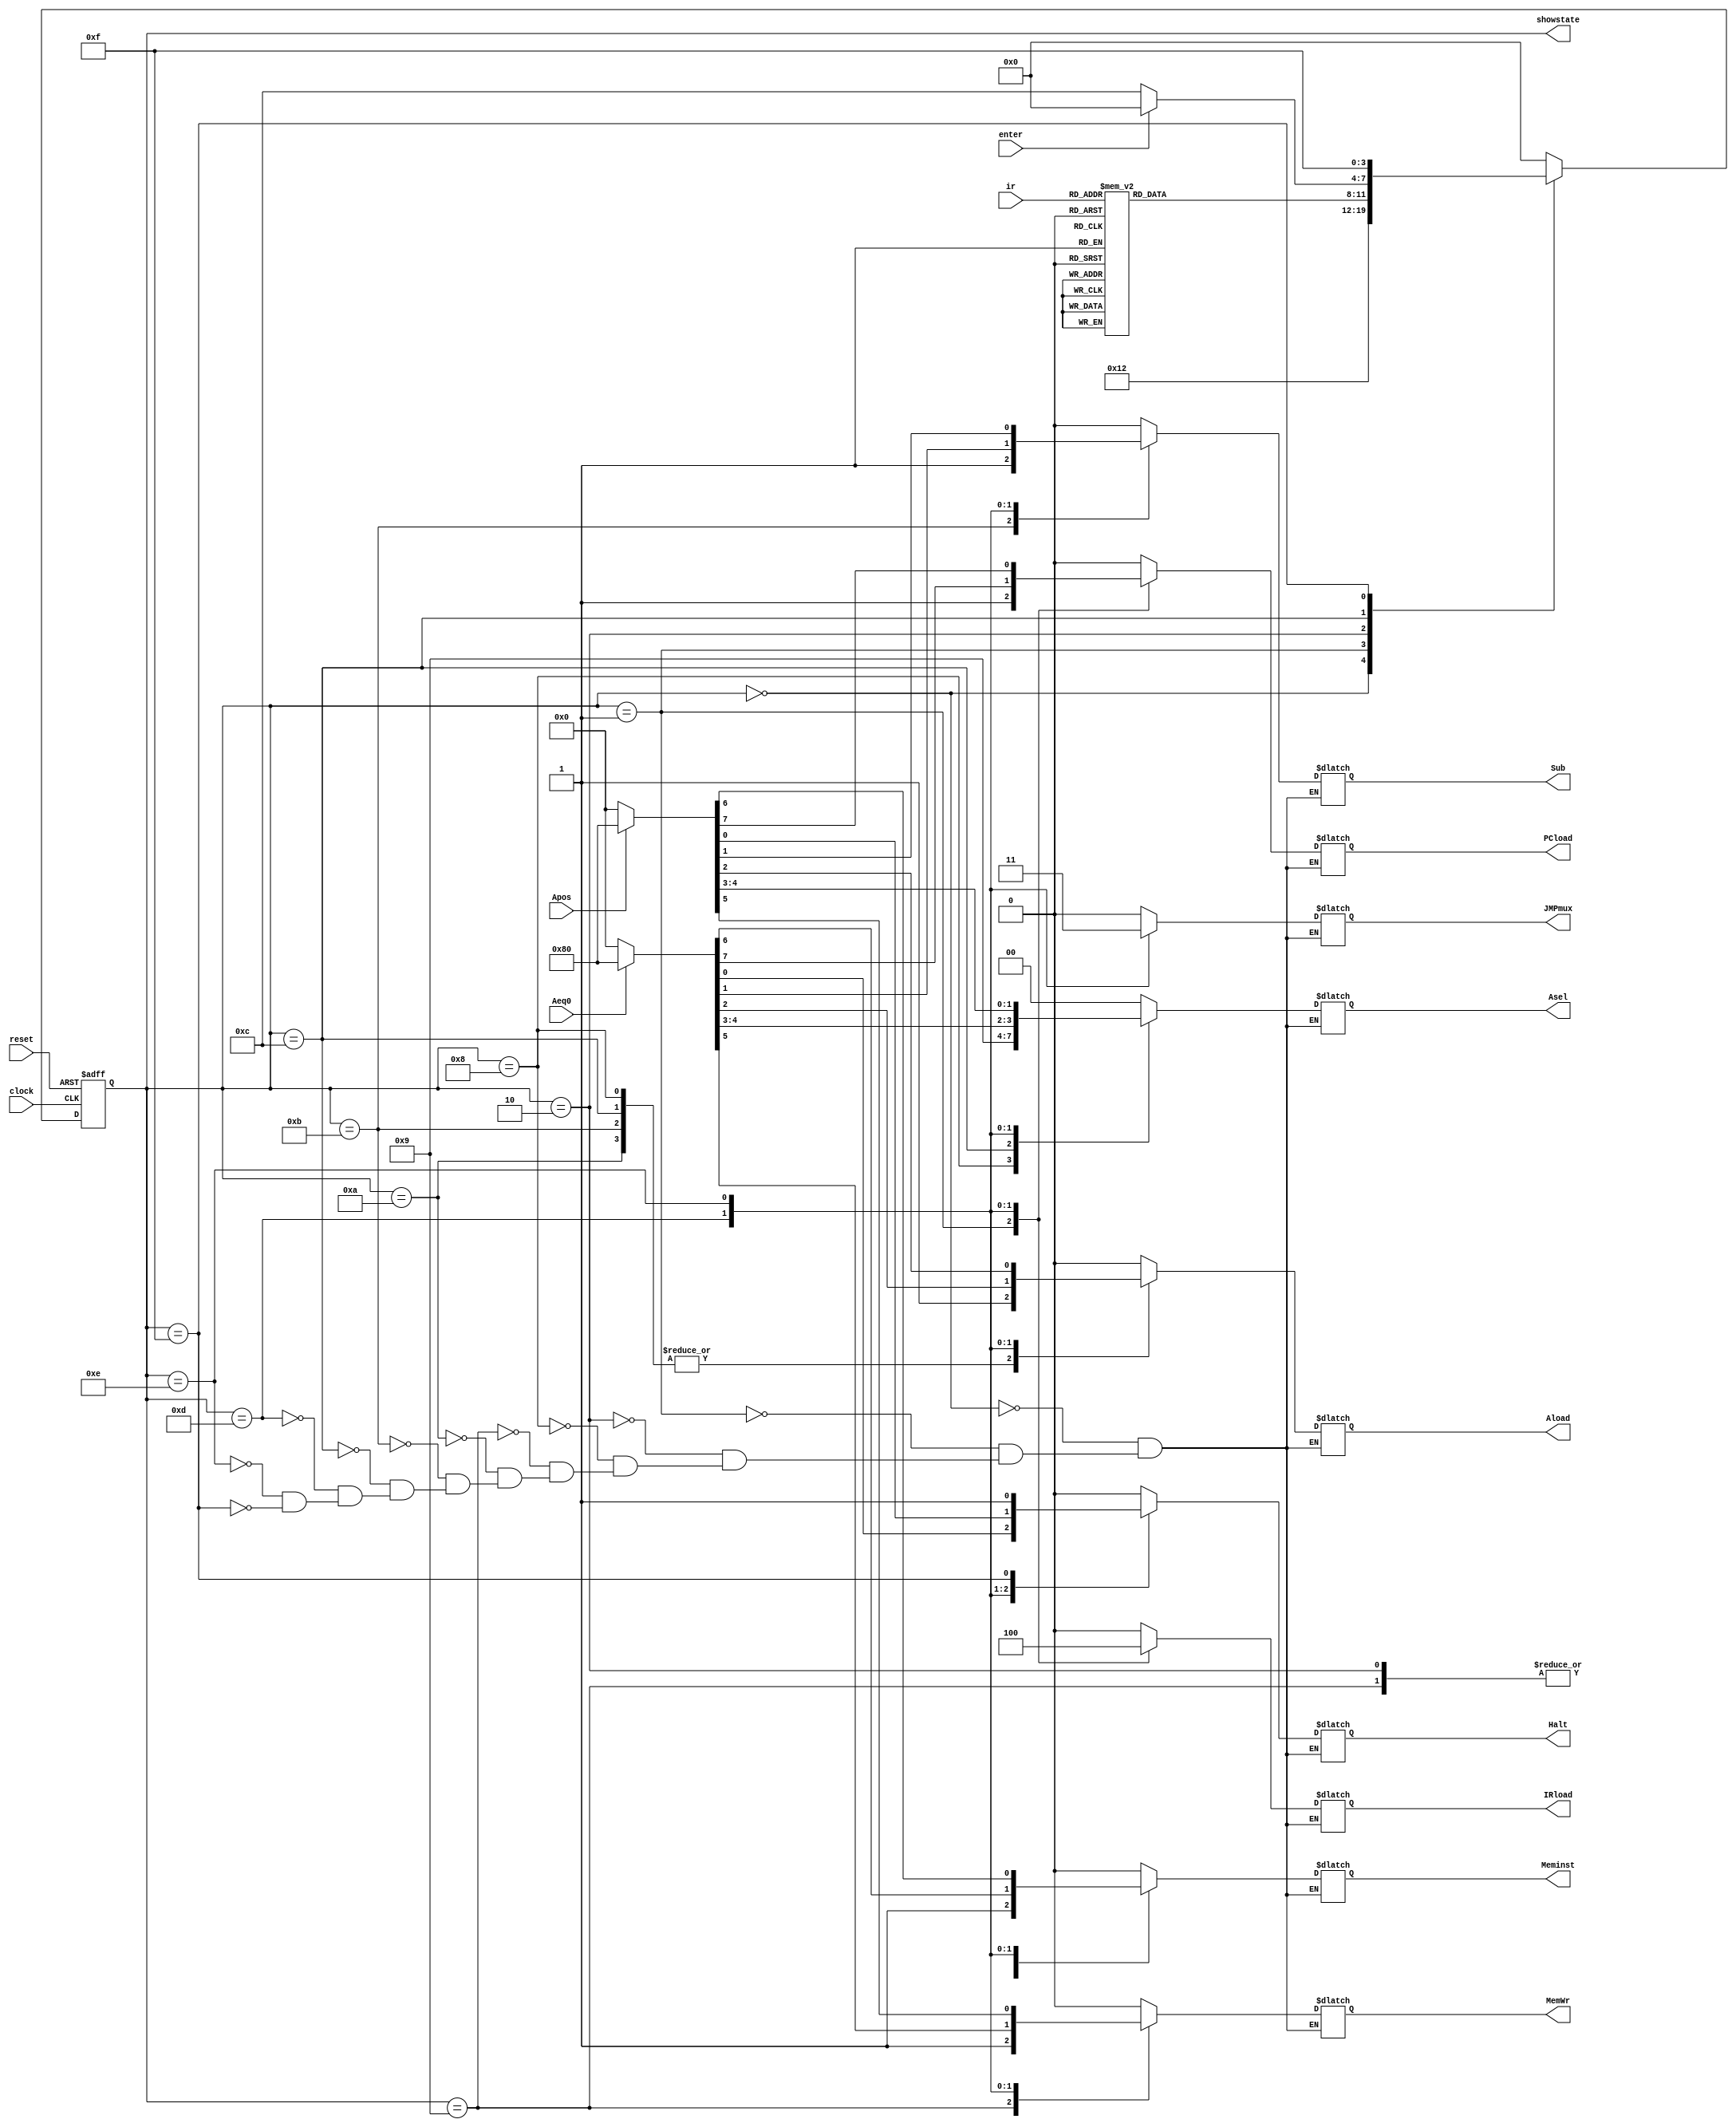
module enhanced (
	input clock,reset,Aeq0,Apos,enter,
	input [2:0] ir,
	output reg IRload,JMPmux,PCload,Meminst,MemWr,
	output reg [1:0] Asel,
	output reg Aload,Sub,Halt,
	output [3:0] showstate
  );
  wire light;
  reg [3:0] state, next_state;
  parameter s0=4'b0000,s1=4'b0001,s2=4'b0010,s3=4'b1000,s4=4'b1001,s5=4'b1010,s6=4'b1011,s7=4'b1100,s8=4'b1101,s9=4'b1110,s10=4'b1111;
  
  always @(posedge clock or negedge reset)
  begin
  if (reset == 0)
	state<=s0;
  else
	state<=next_state;
   end
   
   always @ (state, ir)
   begin
   case (state)
	s0: begin
		{IRload,JMPmux,PCload,Meminst,MemWr,Asel[1:0],Aload,Sub,Halt}=10'b0000000000;
		next_state = s1;
	   end
	s1: begin
		{IRload,JMPmux,PCload,Meminst,MemWr,Asel[1:0],Aload,Sub,Halt}=10'b1010000000;
		next_state = s2;
		end
	s2: begin
		{IRload,JMPmux,PCload,Meminst,MemWr,Asel[1:0],Aload,Sub,Halt}=10'b0001000000;
		case(ir)
		3'b000 : next_state = s3;
		3'b001 : next_state = s4;
		3'b010 : next_state = s5;
		3'b011 : next_state = s6;
		3'b100 : next_state = s7;
		3'b101 : next_state = s8;
		3'b110 : next_state = s9;
		3'b111 : next_state = s10;
		endcase
		end
	s3: begin
		{IRload,JMPmux,PCload,Meminst,MemWr,Asel[1:0],Aload,Sub,Halt}=10'b0000010100;
		next_state = s0;
		end
	s4: begin
		{IRload,JMPmux,PCload,Meminst,MemWr,Asel[1:0],Aload,Sub,Halt}=10'b0001100000;
		next_state = s0;
		end
	s5: begin
		{IRload,JMPmux,PCload,Meminst,MemWr,Asel[1:0],Aload,Sub,Halt}=10'b0000000100;
		next_state = s0;
		end
	s6: begin
		{IRload,JMPmux,PCload,Meminst,MemWr,Asel[1:0],Aload,Sub,Halt}=10'b0000000110;
		next_state = s0;
		end
	s7: begin
		{IRload,JMPmux,PCload,Meminst,MemWr,Asel[1:0],Aload,Sub,Halt}=10'b0000001100;
		if(enter == 1)
		next_state = s0;
		else
		next_state = s7;
		end
	s8: begin
		if(Aeq0 == 1)
		{IRload,JMPmux,PCload,Meminst,MemWr,Asel[1:0],Aload,Sub,Halt}=10'b0110000000;
		else
		{IRload,JMPmux,PCload,Meminst,MemWr,Asel[1:0],Aload,Sub,Halt}=10'b0100000000;
		next_state = s0;
		end
	s9: begin
		if(Apos == 1)
		{IRload,JMPmux,PCload,Meminst,MemWr,Asel[1:0],Aload,Sub,Halt}=10'b0110000000;
		else
		{IRload,JMPmux,PCload,Meminst,MemWr,Asel[1:0],Aload,Sub,Halt}=10'b0100000000;
		next_state = s0;
		end
	s10: begin
		{IRload,JMPmux,PCload,Meminst,MemWr,Asel[1:0],Aload,Sub,Halt}=10'b0000000001;
		next_state = s10;
		end
	default : next_state = s0;
	endcase
	end
	assign showstate = state;
	endmodule